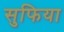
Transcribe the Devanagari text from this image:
सुफिया